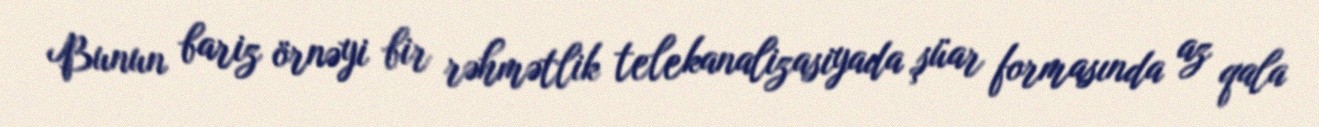
Bunun bariz örnəyi bir rəhmətlik telekanalizasiyada şüar formasında az qala